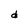
Character: d